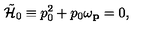
\tilde { { \cal H } } _ { 0 } \equiv p _ { 0 } ^ { 2 } + p _ { 0 } \omega _ { \bf \small p } = 0 ,